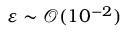
\varepsilon \sim \mathcal { O } ( 1 0 ^ { - 2 } )